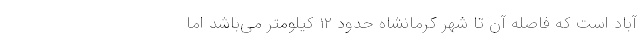
آباد است که فاصله آن تا شهر کرمانشاه حدود ۱۲ کیلومتر می‌باشد اما